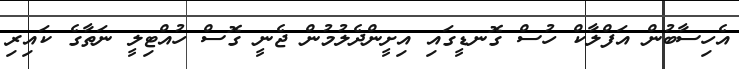
އެހިސާބުން އަފްލާކް ހުސް ގޮނޑީގައި އިށީންދެލުމުން ޖެނީ ގޮސް ހުއްޓިލީ ނަތާގެ ކައިރި